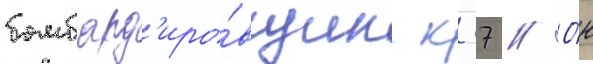
бомбард'иро́вщик к-37 // О́н